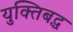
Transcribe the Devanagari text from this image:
युक्तिबद्ध